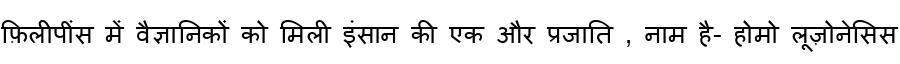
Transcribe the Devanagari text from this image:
फ़िलीपींस में वैज्ञानिकों को मिली इंसान की एक और प्रजाति , नाम है- होमो लूज़ोनेसिस